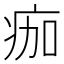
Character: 痂